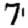
Digit: 7